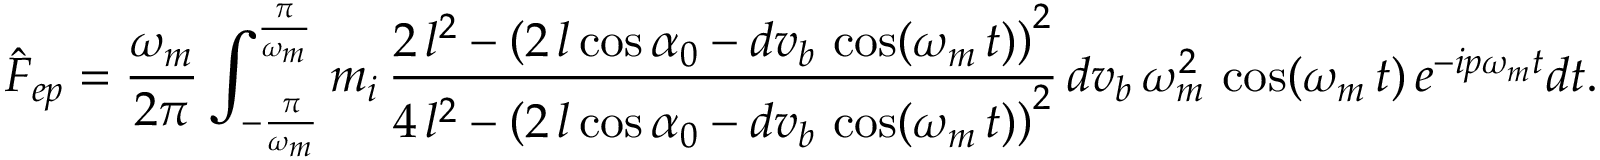
\hat { F } _ { e p } = \frac { \omega _ { m } } { 2 \pi } \int _ { - \frac { \pi } { \omega _ { m } } } ^ { \frac { \pi } { \omega _ { m } } } m _ { i } \, \frac { 2 \, l ^ { 2 } - \left( 2 \, l \cos { \alpha _ { 0 } } - d v _ { b } \, \cos ( \omega _ { m } \, t ) \right) ^ { 2 } } { 4 \, l ^ { 2 } - { \left( 2 \, l \cos { \alpha _ { 0 } } - d v _ { b } \, \cos ( \omega _ { m } \, t ) \right) } ^ { 2 } } \, d v _ { b } \, \omega _ { m } ^ { 2 } \, \cos ( \omega _ { m } \, t ) \, e ^ { - i p \omega _ { m } t } d t .